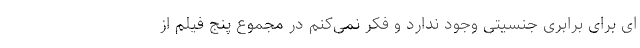
ای برای برابری جنسیتی وجود ندارد و فکر نمی‌کنم در مجموع پنج فیلم از